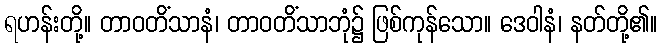
ရဟန်းတို့။ တာဝတိံသာနံ၊ တာဝတိံသာဘုံ၌ ဖြစ်ကုန်သော။ ဒေဝါနံ၊ နတ်တို့၏။